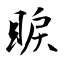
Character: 睙